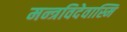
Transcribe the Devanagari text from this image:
मन्त्रविदेवास्मि